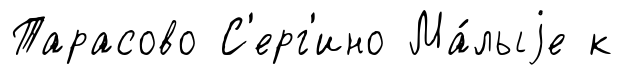
Тарасово С'ерг'ино Ма́лыjе к